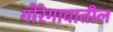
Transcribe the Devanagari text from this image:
गोरेगावातील